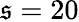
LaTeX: \mathfrak{s}=20